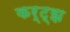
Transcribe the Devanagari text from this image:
कर्ट्झ